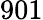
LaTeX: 901